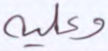
وعليه